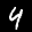
Label: 4